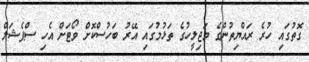
ގޮތުގައި ހުރެ ރައްޔިތުންގެ މަޖިލީހުގެ ތަޅުމުގައި އޭރު ބަހުސްކޮށް ވޯޓަށް އެހި ސްޕެޝަލް